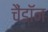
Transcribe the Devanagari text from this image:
चैंडॉन